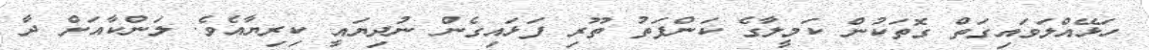
ހަޅޭއްލަވައިގަތް ގޮތަކުން ކަމީލާގެ ކަންފަތު ތޫރި ފަޅައިގެން ނުދިޔައީ ކިރިޔާއެވެ. ލަންކާއަށް ދާ